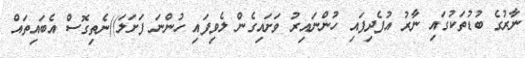
ނާރުގެ ބުޑުތަކުގައި ނާރު އުފެދިފައި ހުންނައިރު ވަށައިގެން ލެވިފައި ހުންނަ ފަށަލަ))ނެތިގޮސް އެބައިތައް